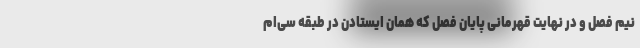
نیم فصل و در نهایت قهرمانی پایان فصل که همان ایستادن در طبقه سی‌ام